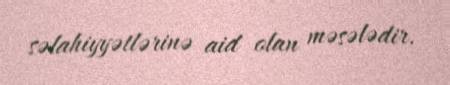
səlahiyyətlərinə aid olan məsələdir.